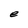
Character: e